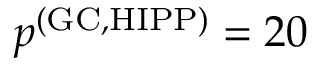
p ^ { \mathrm { ( G C , H I P P ) } } = 2 0 ~ \